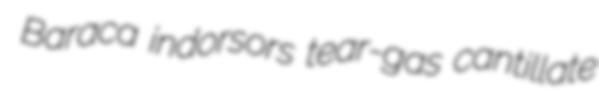
Baraca indorsors tear-gas cantillate